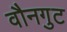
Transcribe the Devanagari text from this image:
वौनगुट